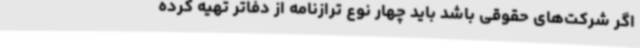
اگر شرکت‌های حقوقی باشد باید چهار نوع ترازنامه از دفاتر تهیه کرده